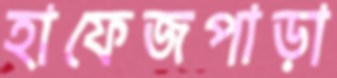
হাফেজপাড়া